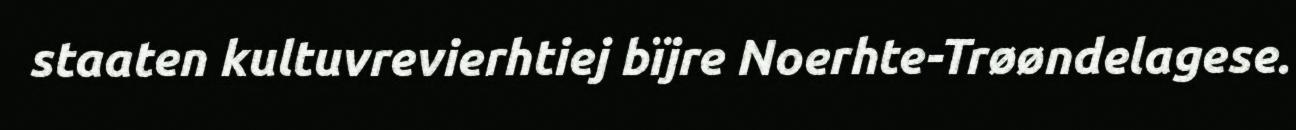
staaten kultuvrevierhtiej bïjre Noerhte-Trøøndelagese.